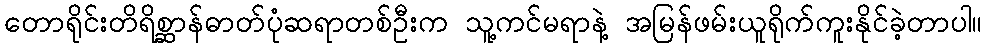
တောရိုင်းတိရိစ္ဆာန်ဓာတ်ပုံဆရာတစ်ဦးက သူ့ကင်မရာနဲ့ အမြန်ဖမ်းယူရိုက်ကူးနိုင်ခဲ့တာပါ။